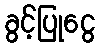
ခွင့်ပြုငွေ